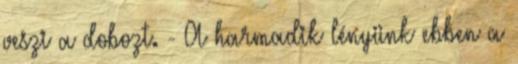
veszi a dobozt. - A harmadik lényünk ebben a